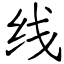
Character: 线